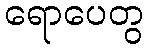
ရောပေတွ